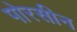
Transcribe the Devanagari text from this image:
पोरसीन